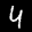
Label: 4